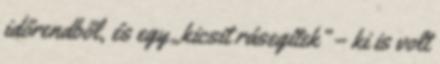
időrendből, és egy „kicsit rásegítek” – ki is volt